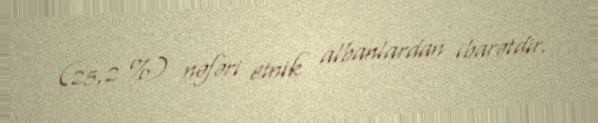
(25,2 %) nəfəri etnik albanlardan ibarətdir.